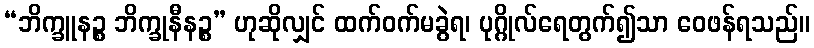
“ဘိက္ခူနဉ္စ ဘိက္ခုနီနဉ္စ” ဟုဆိုလျှင် ထက်ဝက်မခွဲရ၊ ပုဂ္ဂိုလ်ရေတွက်၍သာ ဝေဖန်ရသည်။